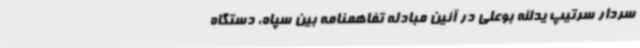
سردار سرتیپ یدالله بوعلی در آئین مبادله تفاهمنامه بین سپاه، دستگاه